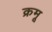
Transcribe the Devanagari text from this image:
क्रमू